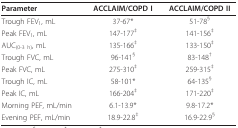
| Parameter | ACCLAIM/COPD I | ACCLAIM/COPD II |
 | --- | --- | --- |
 | Trough FEV1, mL | 37-67* | 51-78§ |
 | Peak FEV1, mL | 147-177‡ | 141-156‡ |
 | AUC(0-3 h), mL | 135-166‡ | 133-150‡ |
 | Trough FVC, mL | 96-141§ | 83-148† |
 | Peak FVC, mL | 275-310‡ | 259-315‡ |
 | Trough IC, mL | 58-101* | 64-135§ |
 | Peak IC, mL | 166-204‡ | 171-220‡ |
 | Morning PEF, mL/min | 6.1-13.9* | 9.8-17.2* |
 | Evening PEF, mL/min | 18.9-22.8‡ | 16.9-22.9§ |